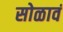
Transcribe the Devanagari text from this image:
सोळावं